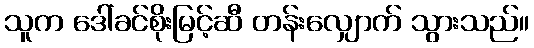
သူက ဒေါ်ခင်စိုးမြင့်ဆီ တန်းလျှောက် သွားသည်။